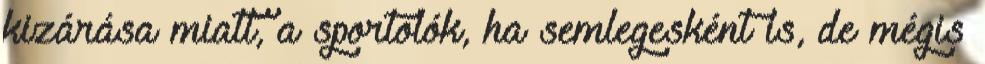
kizárása miatt, a sportolók, ha semlegesként is, de mégis